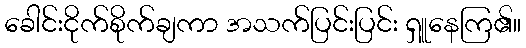
ခေါင်းငိုက်စိုက်ချကာ အသက်ပြင်းပြင်း ရှူနေကြ၏။